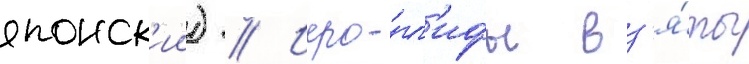
японск'ии) // Иеро́гл'ифы вз'я́ты